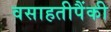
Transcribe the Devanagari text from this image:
वसाहतीपैंकी